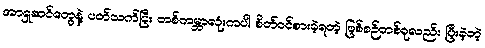
အာရှဆင်တွေနဲ့ ပတ်သက်ပြီး တစ်ကမ္ဘာလုံးကပါ စိတ်ဝင်စားခဲ့ရတဲ့ ဖြစ်စဉ်တစ်ခုလည်း ပြီးခဲ့တဲ့